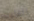
الشارب